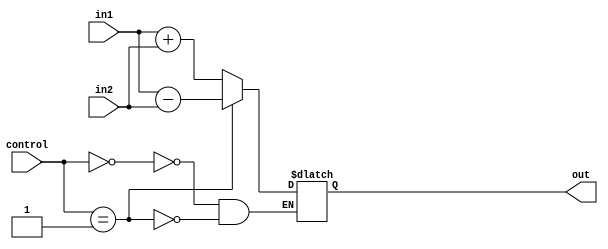
module _ALU(out, in1, in2, control);
output reg [31:0]out;
input      [31:0]in1, in2;
input      [4:0] control;

always @(*)
begin
	case (control)
		5'b00000: out <= in1+in2;
		5'b00001: out <= in1-in2;
	endcase
end


endmodule

module t_ALU;
wire [31:0]out;
reg      [31:0]in1, in2;
reg      [4:0] control;
_ALU t(out, in1, in2, control);
initial begin
repeat(10)
begin
	#(100)	in1 = 32'd5;	in2 = 32'd7;	control = 5'b00000;
#(100)  in1 = 32'd7;	in2 = 32'd5;	control = 5'b00001;
end
end

endmodule